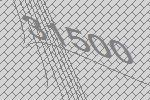
31500